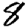
Digit: 8